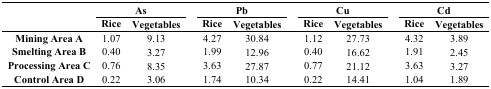
| <ROWSPAN=2>  | <COLSPAN=2> As |  | <COLSPAN=2> Pb |  | <COLSPAN=2> Cu |  | <COLSPAN=2> Cd |
 | Rice | Vegetables |  | Rice | Vegetables |  | Rice | Vegetables |  | Rice | Vegetables |
 | --- | --- | --- | --- | --- | --- | --- | --- | --- | --- | --- | --- |
 | Mining Area A | 1.07 | 9.13 |  | 4.27 | 30.84 |  | 1.12 | 27.73 |  | 4.32 | 3.89 |
 | Smelting Area B | 0.40 | 3.27 |  | 1.99 | 12.96 |  | 0.40 | 16.62 |  | 1.91 | 2.45 |
 | Processing Area C | 0.76 | 8.35 |  | 3.63 | 27.87 |  | 0.77 | 21.12 |  | 3.63 | 3.27 |
 | Control Area D | 0.22 | 3.06 |  | 1.74 | 10.34 |  | 0.22 | 14.41 |  | 1.04 | 1.89 |